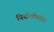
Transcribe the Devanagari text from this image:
नियोशोवरील